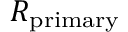
R _ { \mathrm { p r i m a r y } }